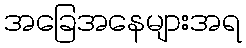
အခြေအနေများအရ